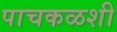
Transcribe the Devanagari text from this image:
पाचकळशी